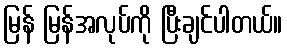
မြန် မြန်အလုပ်ကို ပြီးချင်ပါတယ်။